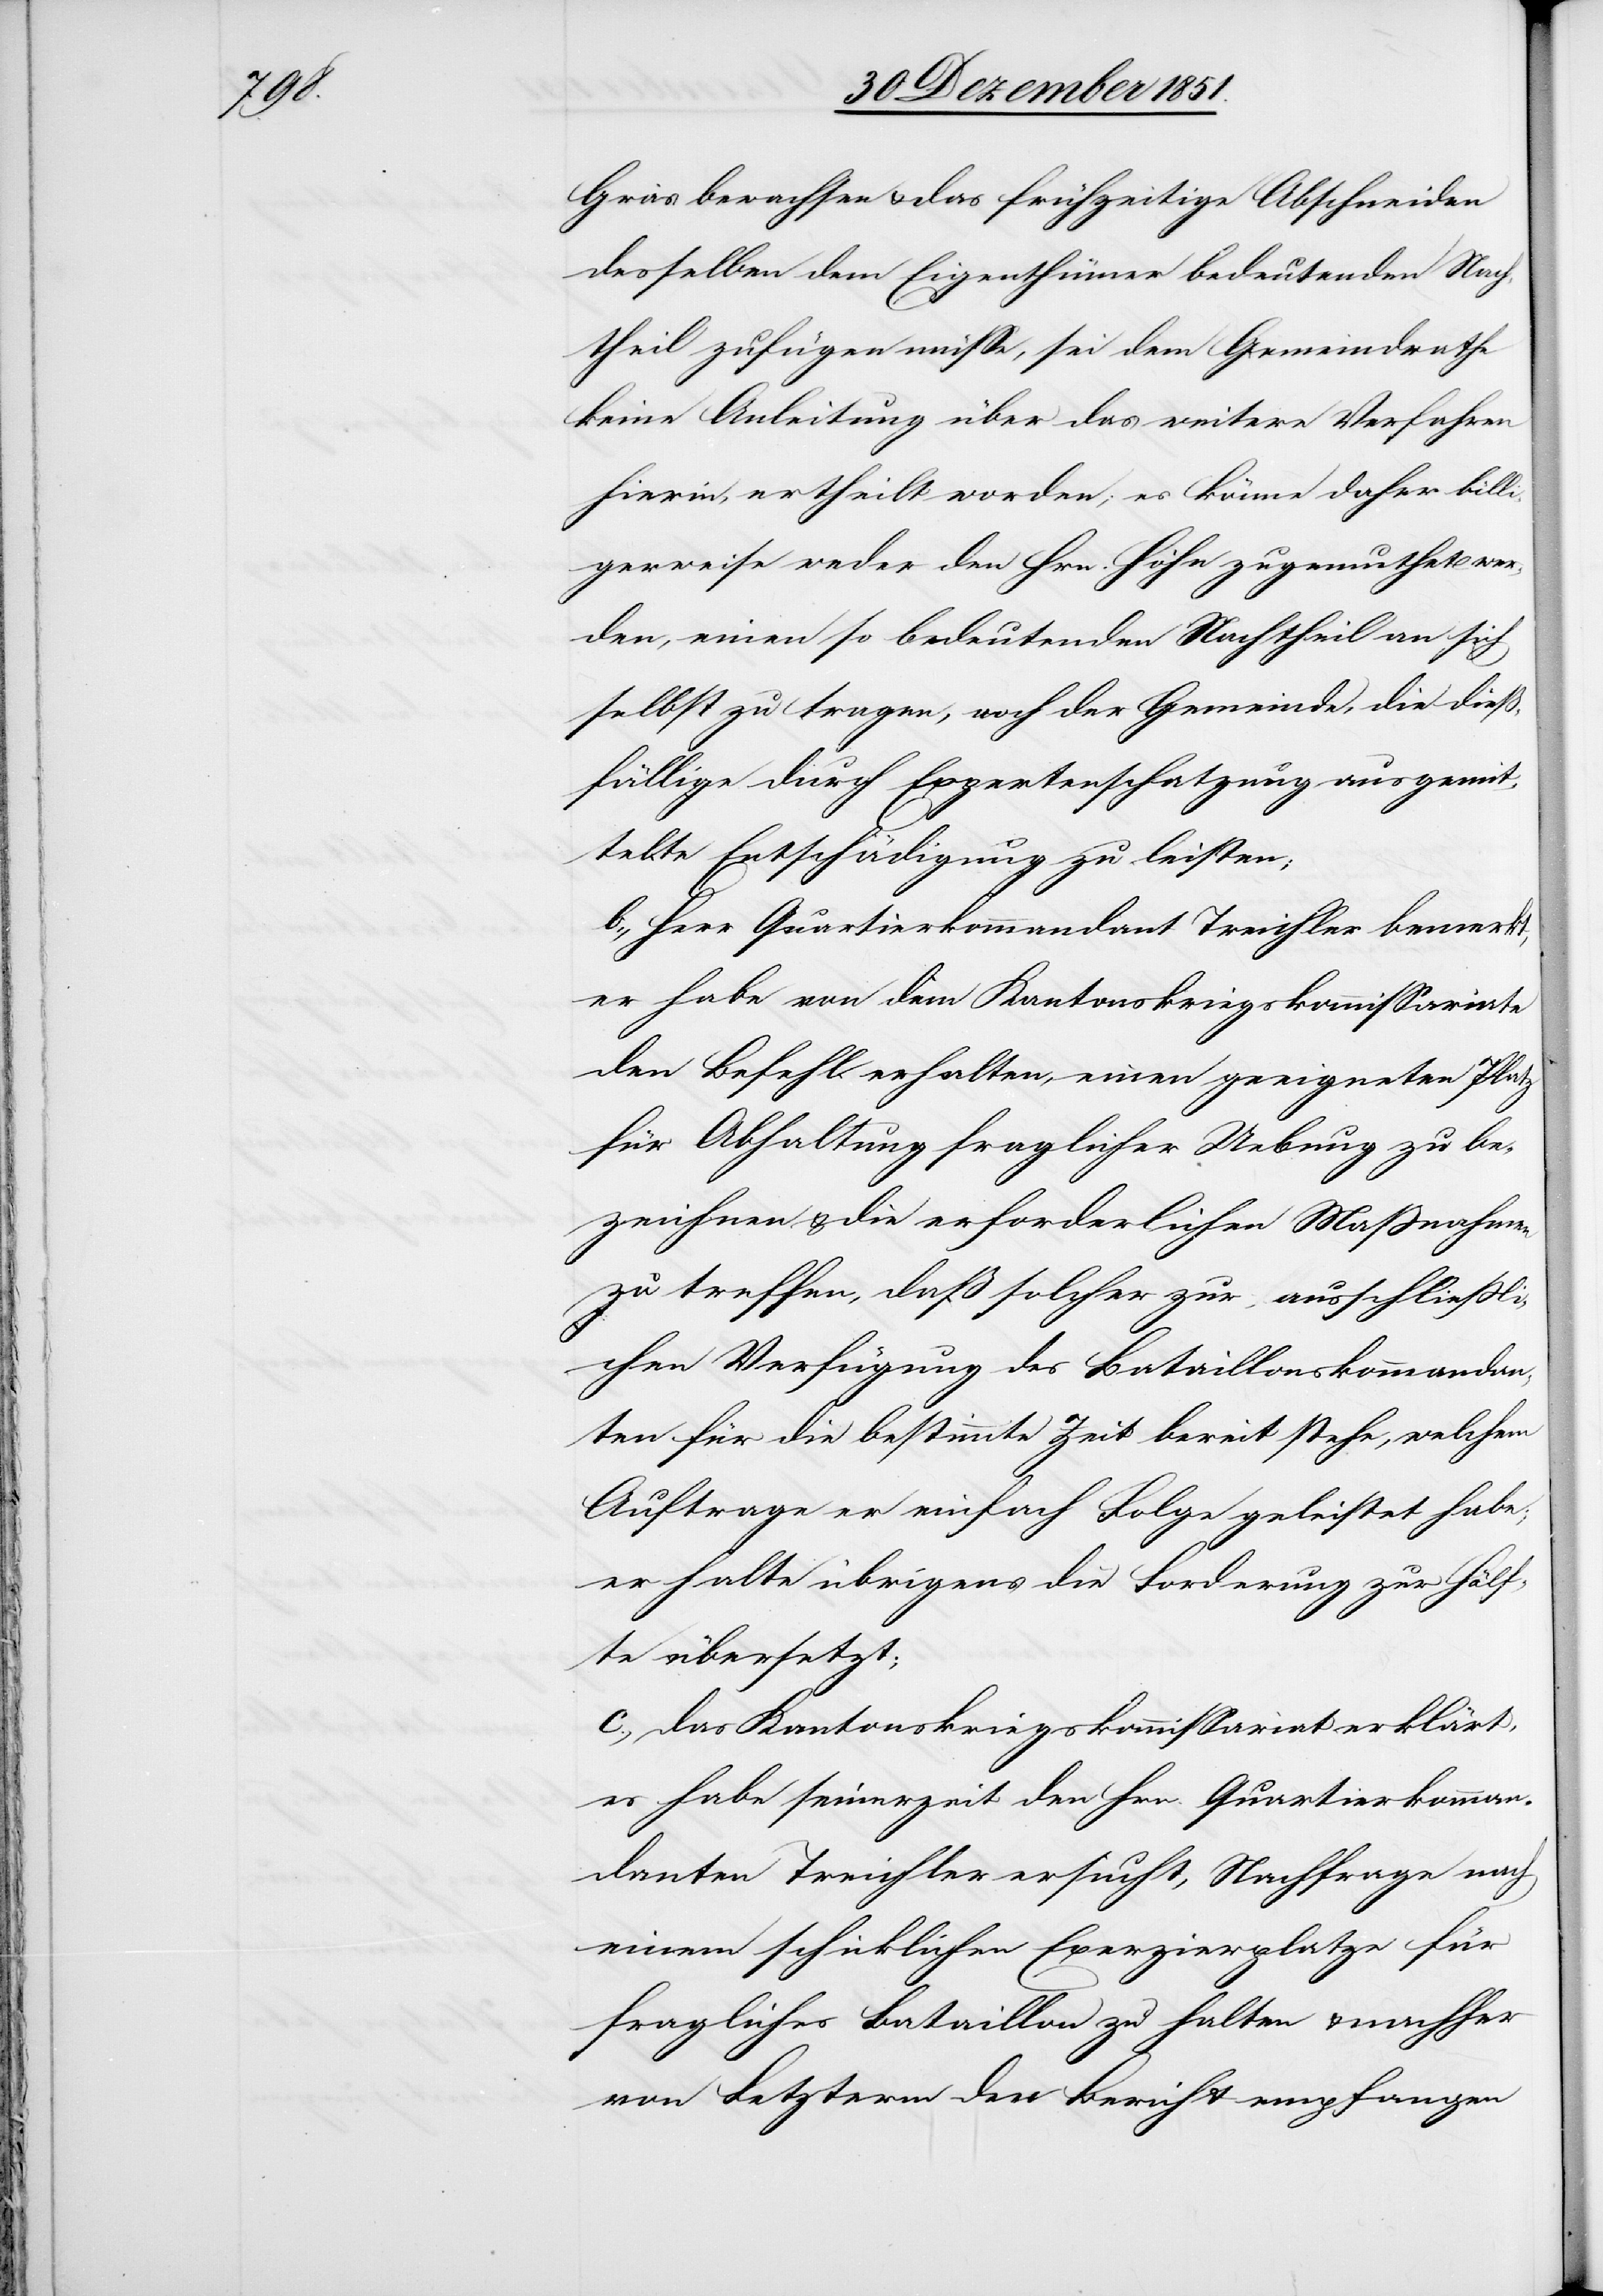
Gras bewachsen & das frühzeitige Abschneiden
desselben dem Eigenthümer bedeutenden Nach¬
theil zufügen müsse, sei dem Gemeindrathe
keine Anleitung über das weitere Verfahren
hierin, ertheilt worden; es könne daher billi¬
gerweise weder den Hrn. Höhn zugemuthet wer¬
den, einen so bedeutenden Nachtheil an sich
selbst zu tragen, noch der Gemeinde, die dieß¬
fällige durch Expertenschatzung ausgemit¬
telte Entschädigung zu leisten;
b., Herr Quartierkommandant Treichler bemerkt,
er habe von dem Kantonskriegskommissariate
den Befehl erhalten, einen geeigneten Platz
für Abhaltung fraglicher Uebung zu be¬
zeichnen & die erforderlichen Maßnahmen
zu treffen, daß solcher zur ausschließli¬
chen Verfügung des Bataillonskommandan¬
ten für die bestimmte Zeit bereit stehe, welchem
Auftrage er einfach Folge geleistet habe;
er halte übrigens die Forderung zur Hälf¬
te übersetzt;
c., das Kantonskriegskommissariat erklärt,
es habe seinerzeit den Hrn. Quartierkomman¬
danten Treichler ersucht, Nachfrage nach
einem schicklichen Exerzierplatze für
fragliches Bataillon zu halten & nachher
von Letzterm den Bericht empfangen